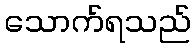
သောက်ရသည်